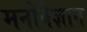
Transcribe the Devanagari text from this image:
मनोवैज्ञान